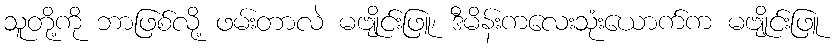
သူတို့ကို ဘာဖြစ်လို့ ဖမ်းတာလဲ မဗျိုင်းဖြူ၊ ဒီမိန်းကလေးသုံးယောက်က မဗျိုင်းဖြူ